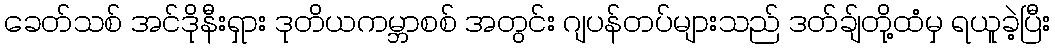
ခေတ်သစ် အင်ဒိုနီးရှား ဒုတိယကမ္ဘာစစ် အတွင်း ဂျပန်တပ်များသည် ဒတ်ချ်တို့ထံမှ ရယူခဲ့ပြီး